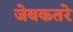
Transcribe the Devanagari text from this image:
जेबकतरे